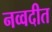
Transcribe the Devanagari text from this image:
नव्वदीत